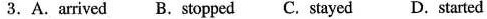
3.A.Arrived B.Stopped C. Stayed D. Started